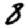
Digit: 8